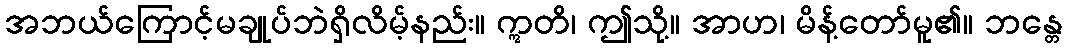
အဘယ်ကြောင့်မချုပ်ဘဲရှိလိမ့်နည်း။ ဣတိ၊ ဤသို့။ အာဟ၊ မိန့်တော်မူ၏။ ဘန္တေ